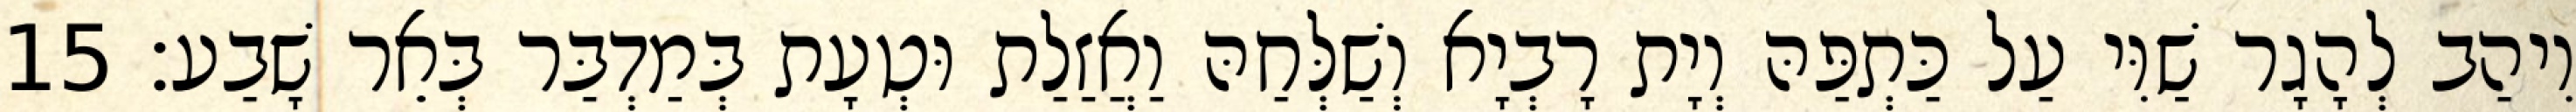
וִיהַב לְהָגָר שַׁוִּי עַל כַּתְפַּהּ וְיָת רָבְיָא וְשַׁלְּחַהּ וַאֲזַלַת וּטְעָת בְּמַדְבַּר בְּאֵר שָׁבַע׃ 15